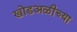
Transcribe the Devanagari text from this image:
खोडअळीच्या